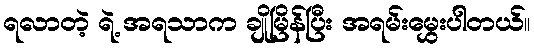
ရလာတဲ့ ရဲ့ အရသာက ချိုမြိန်ပြီး အရမ်းမွှေးပါတယ်။